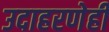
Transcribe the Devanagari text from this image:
उदाहरणेही